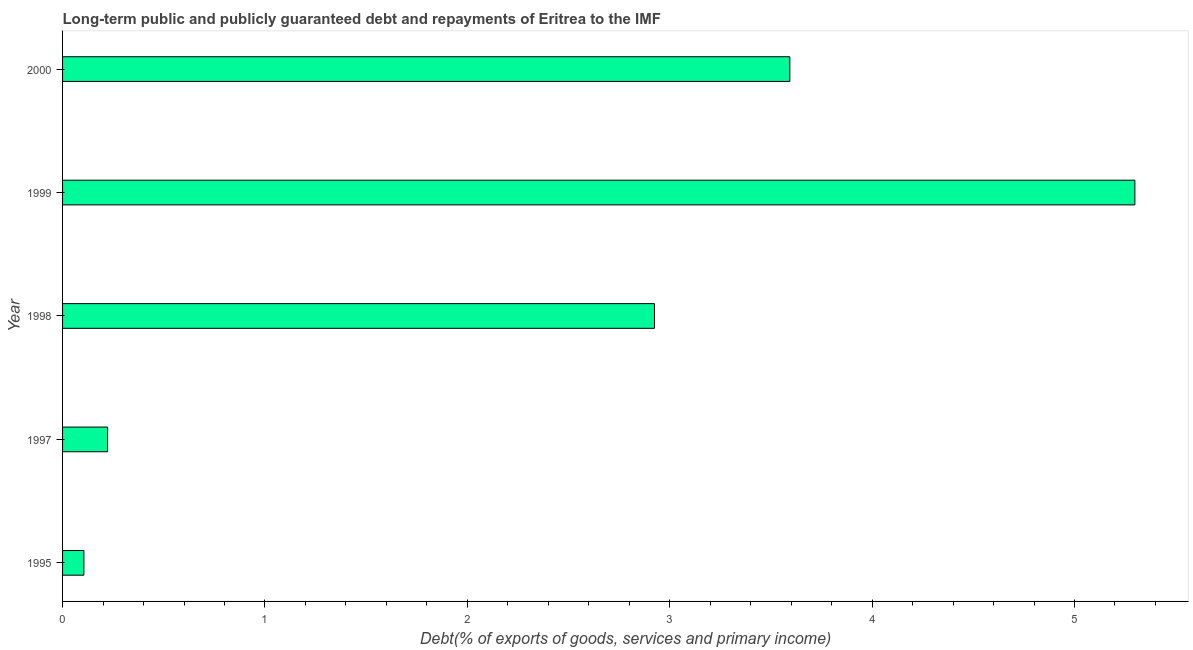
| Year | Debt service (PPG and IMF only) |
 | --- | --- |
 | 1995 | 0.105 |
 | 1997 | 0.223 |
 | 1998 | 2.92 |
 | 1999 | 5.3 |
 | 2000 | 3.59 |